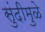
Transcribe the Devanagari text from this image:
सुंदीमुळे